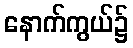
နောက်ကွယ်၌